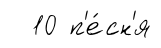
10 п'е́сн'я